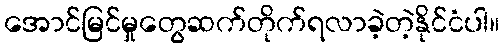
အောင်မြင်မှုတွေဆက်တိုက်ရလာခဲ့တဲ့နိုင်ငံပါ။